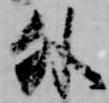
外